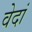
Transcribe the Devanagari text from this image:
वेदां